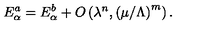
E _ { \alpha } ^ { a } = E _ { \alpha } ^ { b } + O \left( \lambda ^ { n } , \left( { \mu / \Lambda } \right) ^ { m } \right) .